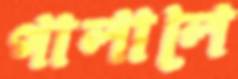
পালালে